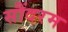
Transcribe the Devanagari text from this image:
सौंदरम